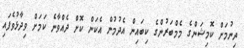
ދިނުމަށް ކޮމިޝަންގެ މެމްބަރުންގެ ކިބައިން އެދުމުން އެކަން ކޮށް ދެއްވާނެ ކަމަށް ވިދާޅުވެފައި